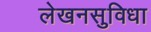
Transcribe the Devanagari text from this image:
लेखनसुविधा